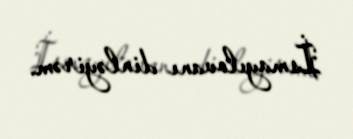
İsmayılovanı dinləyirəm.